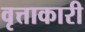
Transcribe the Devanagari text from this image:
वृत्ताकारी